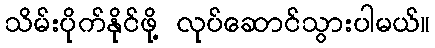
သိမ်းပိုက်နိုင်ဖို့ လုပ်ဆောင်သွားပါမယ်။